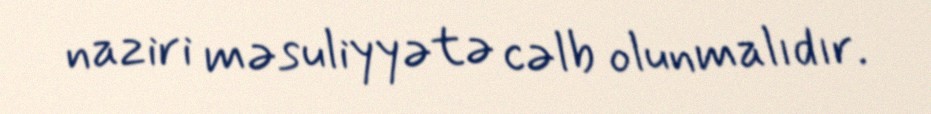
naziri məsuliyyətə cəlb olunmalıdır.